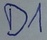
Text: D1